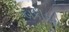
બકીઓ